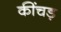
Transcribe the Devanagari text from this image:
कींचड़